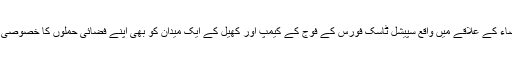
اتحادیوں نے البیضاء کے علاقے میں واقع سپیشل ٹاسک فورس کے فوج کے کیمپ اور کھیل کے ایک میدان کو بھی اپنے فضائی حملوں کا خصوصی ہدف بنائے رکھا۔